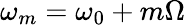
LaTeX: \omega_{m}=\omega_{0}+m\Omega